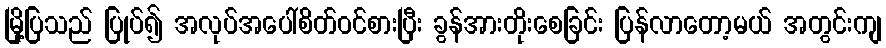
မြို့ပြသည် ပြုပ်၍ အလုပ်အပေါ်စိတ်ဝင်စားပြီး ခွန်အားတိုးစေခြင်း ပြန်လာတော့မယ် အတွင်းကျ